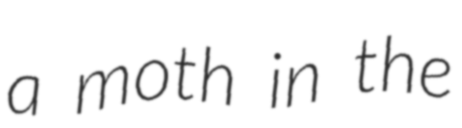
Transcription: a moth in the